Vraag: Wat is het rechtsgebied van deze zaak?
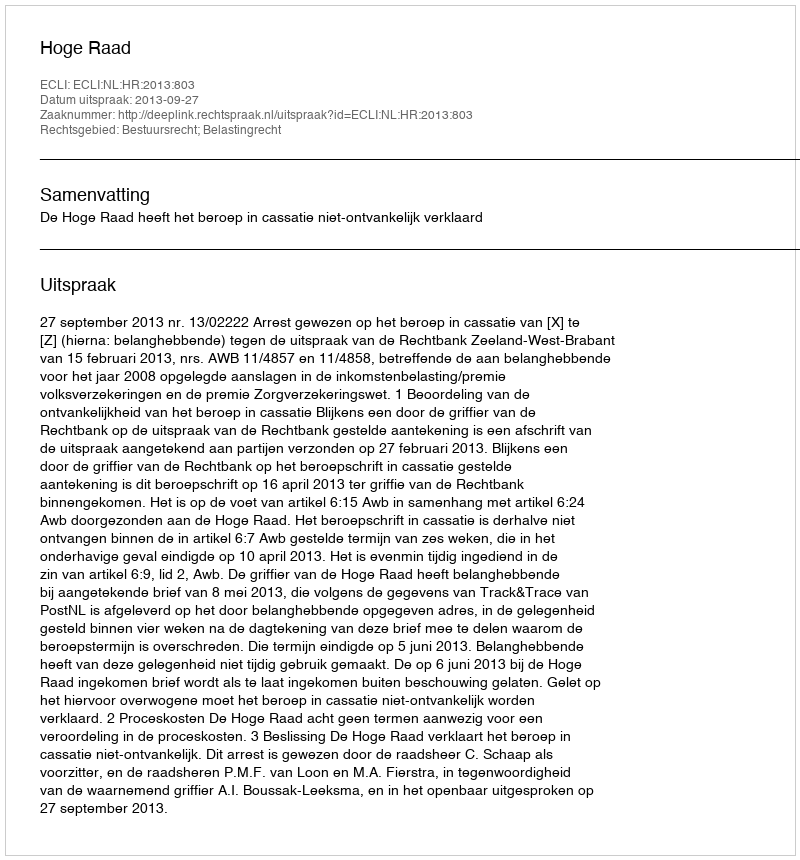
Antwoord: Bestuursrecht; Belastingrecht